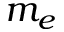
m _ { e }